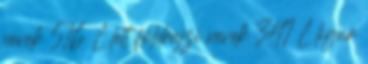
nevek‎ 516 L lett földrajzi nevek‎ 341 L ligur